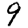
Digit: 9